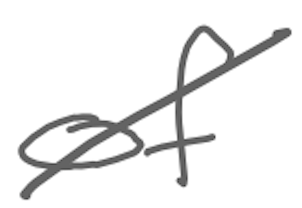
Text: of
Cross-out: diagonal
Writing tool: digital_gray